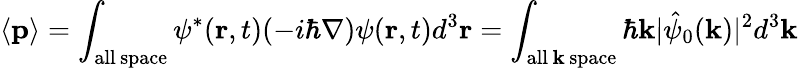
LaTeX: \langle\mathbf{p}\rangle=\int_{\mathrm{all\, space}}\psi^{*}(\mathbf{r},t)(-i\hbar\nabla)\psi(\mathbf{r},t)d^{3}\mathbf{r}=\int_{\mathrm{all\, {\textbf{k}}\, space}}\hbar\mathbf{k}|{\hat{\psi}}_{0}(\mathbf{k})|^{2}d^{3}\mathbf{k}